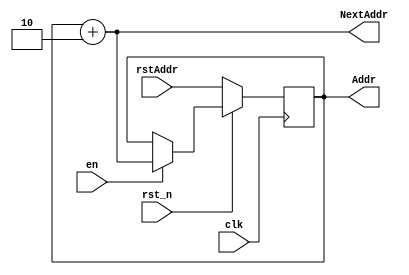
module AddrCnt(input wire clk,rst_n,en,
               input wire[31:0] rstAddr,
               output reg[31:0] Addr,
               output wire[31:0] NextAddr);

    always @(posedge clk) begin
        if(!rst_n)begin
            Addr <= rstAddr;
        end
        else if(en)begin
            Addr <= NextAddr;
        end
    end

    assign NextAddr = Addr+2'b10;

endmodule